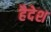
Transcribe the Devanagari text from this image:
हैदेश